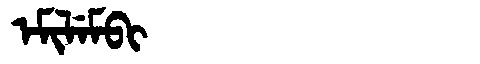
Manchu: ᡝᠮᡳᠯᡝᠮᠪᡳ
Romanization: EMILEMBI